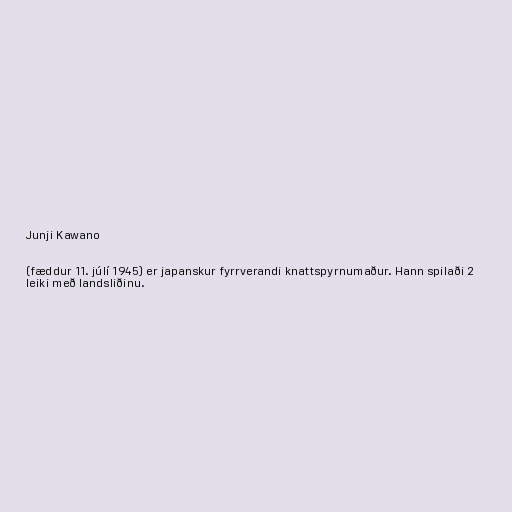
Junji Kawano

(fæddur 11. júlí 1945) er japanskur fyrrverandi knattspyrnumaður. Hann spilaði 2
leiki með landsliðinu.